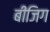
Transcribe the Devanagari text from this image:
बीजिग